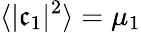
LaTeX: \langle\vert\mathfrak{c}_{1}\vert^{2}\rangle=\mu_{1}